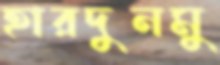
হারদুনমু